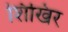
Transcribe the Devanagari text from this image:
शिखिर